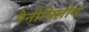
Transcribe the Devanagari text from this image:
पैनीसिलीन